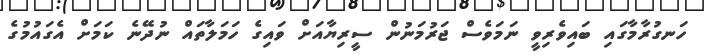
ހަނގުރާމާގައި ބައިވެރިވީ ނަމަވެސް ޖަރުމަނުން ސީރިޔާއަށް ވައިގެ ހަމަލާތައް ނުދޭނެ ކަމަށް އެގައުމުގެ